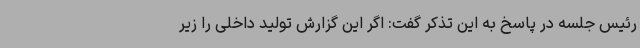
رئیس جلسه در پاسخ به این تذکر گفت: اگر این گزارش تولید داخلی را زیر